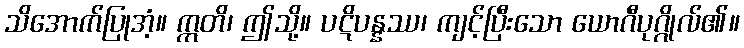
သိအောက်ပြုအံ့။ ဣတိ၊ ဤသို့။ ပဋိပန္နဿ၊ ကျင့်ပြီးသော ယောဂီပုဂ္ဂိုလ်၏။